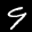
Label: 9